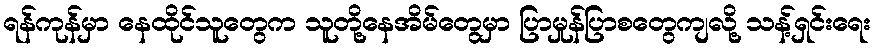
ရန်ကုန်မှာ နေထိုင်သူတွေက သူတို့နေအိမ်တွေမှာ ပြာမှုန်ပြာစတွေကျလို့ သန့်ရှင်းရေး